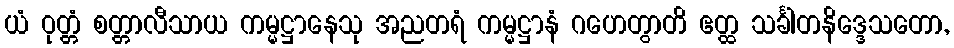
ယံ ဝုတ္တံ စတ္တာလီသာယ ကမ္မဋ္ဌာနေသု အညတရံ ကမ္မဋ္ဌာနံ ဂဟေတွာတိ ဧတ္ထ သင်္ခါတနိဒ္ဒေသတော,